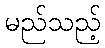
မည်သည့်